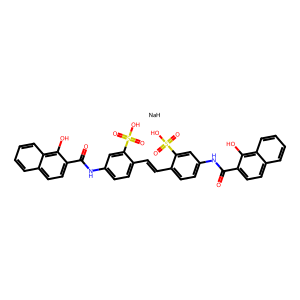
SMILES: O=C(Nc1ccc(C=Cc2ccc(NC(=O)c3ccc4ccccc4c3O)cc2S(=O)(=O)O)c(S(=O)(=O)O)c1)c1ccc2ccccc2c1O.[NaH]
Inhibits HIV replication: Yes